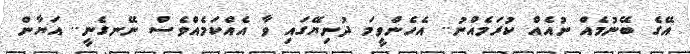
އޭގެ ބޭނުމެއް ނުއެއް ކުރަމެއްނު.. އެހެންވީމަ ދުނިޔޭގައި ވާ އެއްކަމެއްވެސް ނޭނގެނީ.. އަޔާން